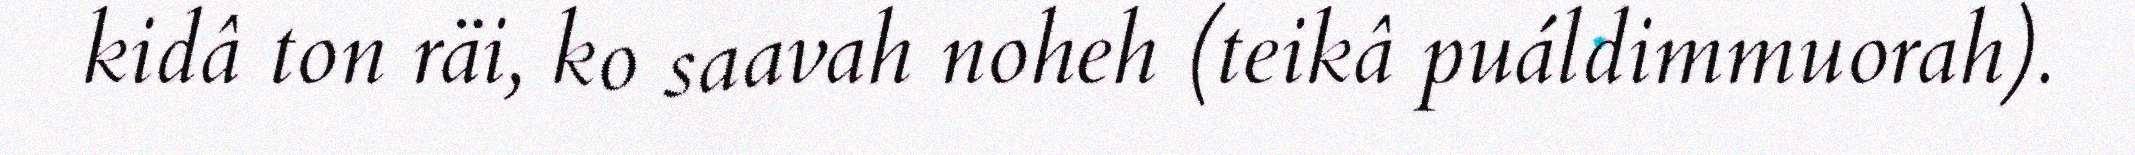
kidâ ton räi, ko saavah noheh (teikâ puáldimmuorah).